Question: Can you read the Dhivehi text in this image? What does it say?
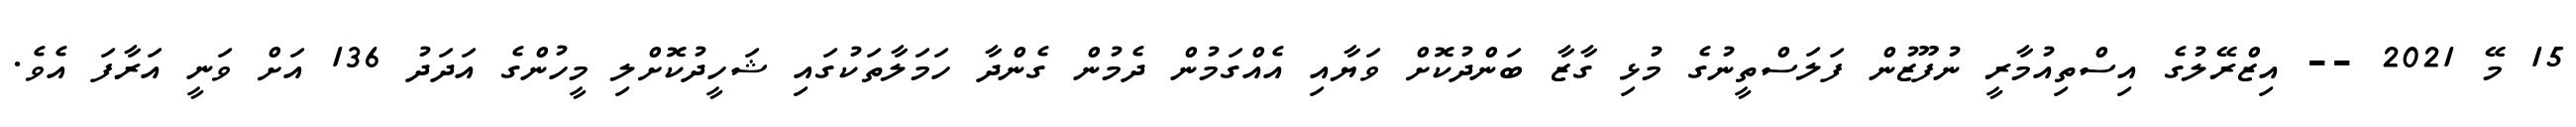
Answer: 15 މޭ 2021 -- އިޒްރޭލުގެ އިސްތިއުމާރީ ނުފޫޒުން ފަލަސްތީނުގެ މުޅި ގާޒާ ބަންދުކޮށް ވަޔާއި އެއްގަމުން ދެމުން ގެންދާ ހަމަލާތަކުގައި ޝަހީދުކޮށްލި މީހުންގެ އަދަދު 136 އަށް ވަނީ އަރާފަ އެވެ.